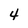
Character: 4